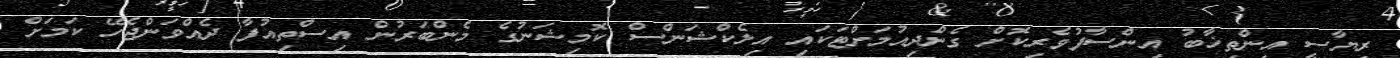
ރިޔާސީ އިންތިޚާބު އިންސާފުވެރިކޮށް ގެންދިއުމަށްޓަކައި އިލެކްޝަންސް ކޮމިޝަނުގެ މެންބަރުން އިސްތިއުފާ ދެއްވަންޖެހޭ ކަމަށް